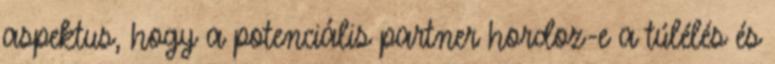
aspektus, hogy a potenciális partner hordoz-e a túlélés és